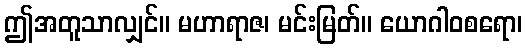
ဤအတူသာလျှင်။ မဟာရာဇ၊ မင်းမြတ်။ ယောဂါဝစရော၊